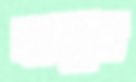
নাজুম